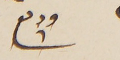
وديع